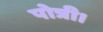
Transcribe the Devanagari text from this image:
पोत्री।